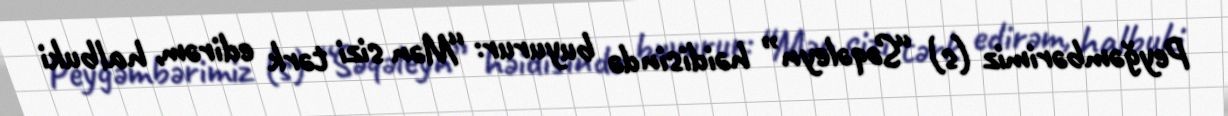
Peyğəmbərimiz (s) “Səqəleyn” həidisində buyurur: “Mən sizi tərk edirəm, halbuki